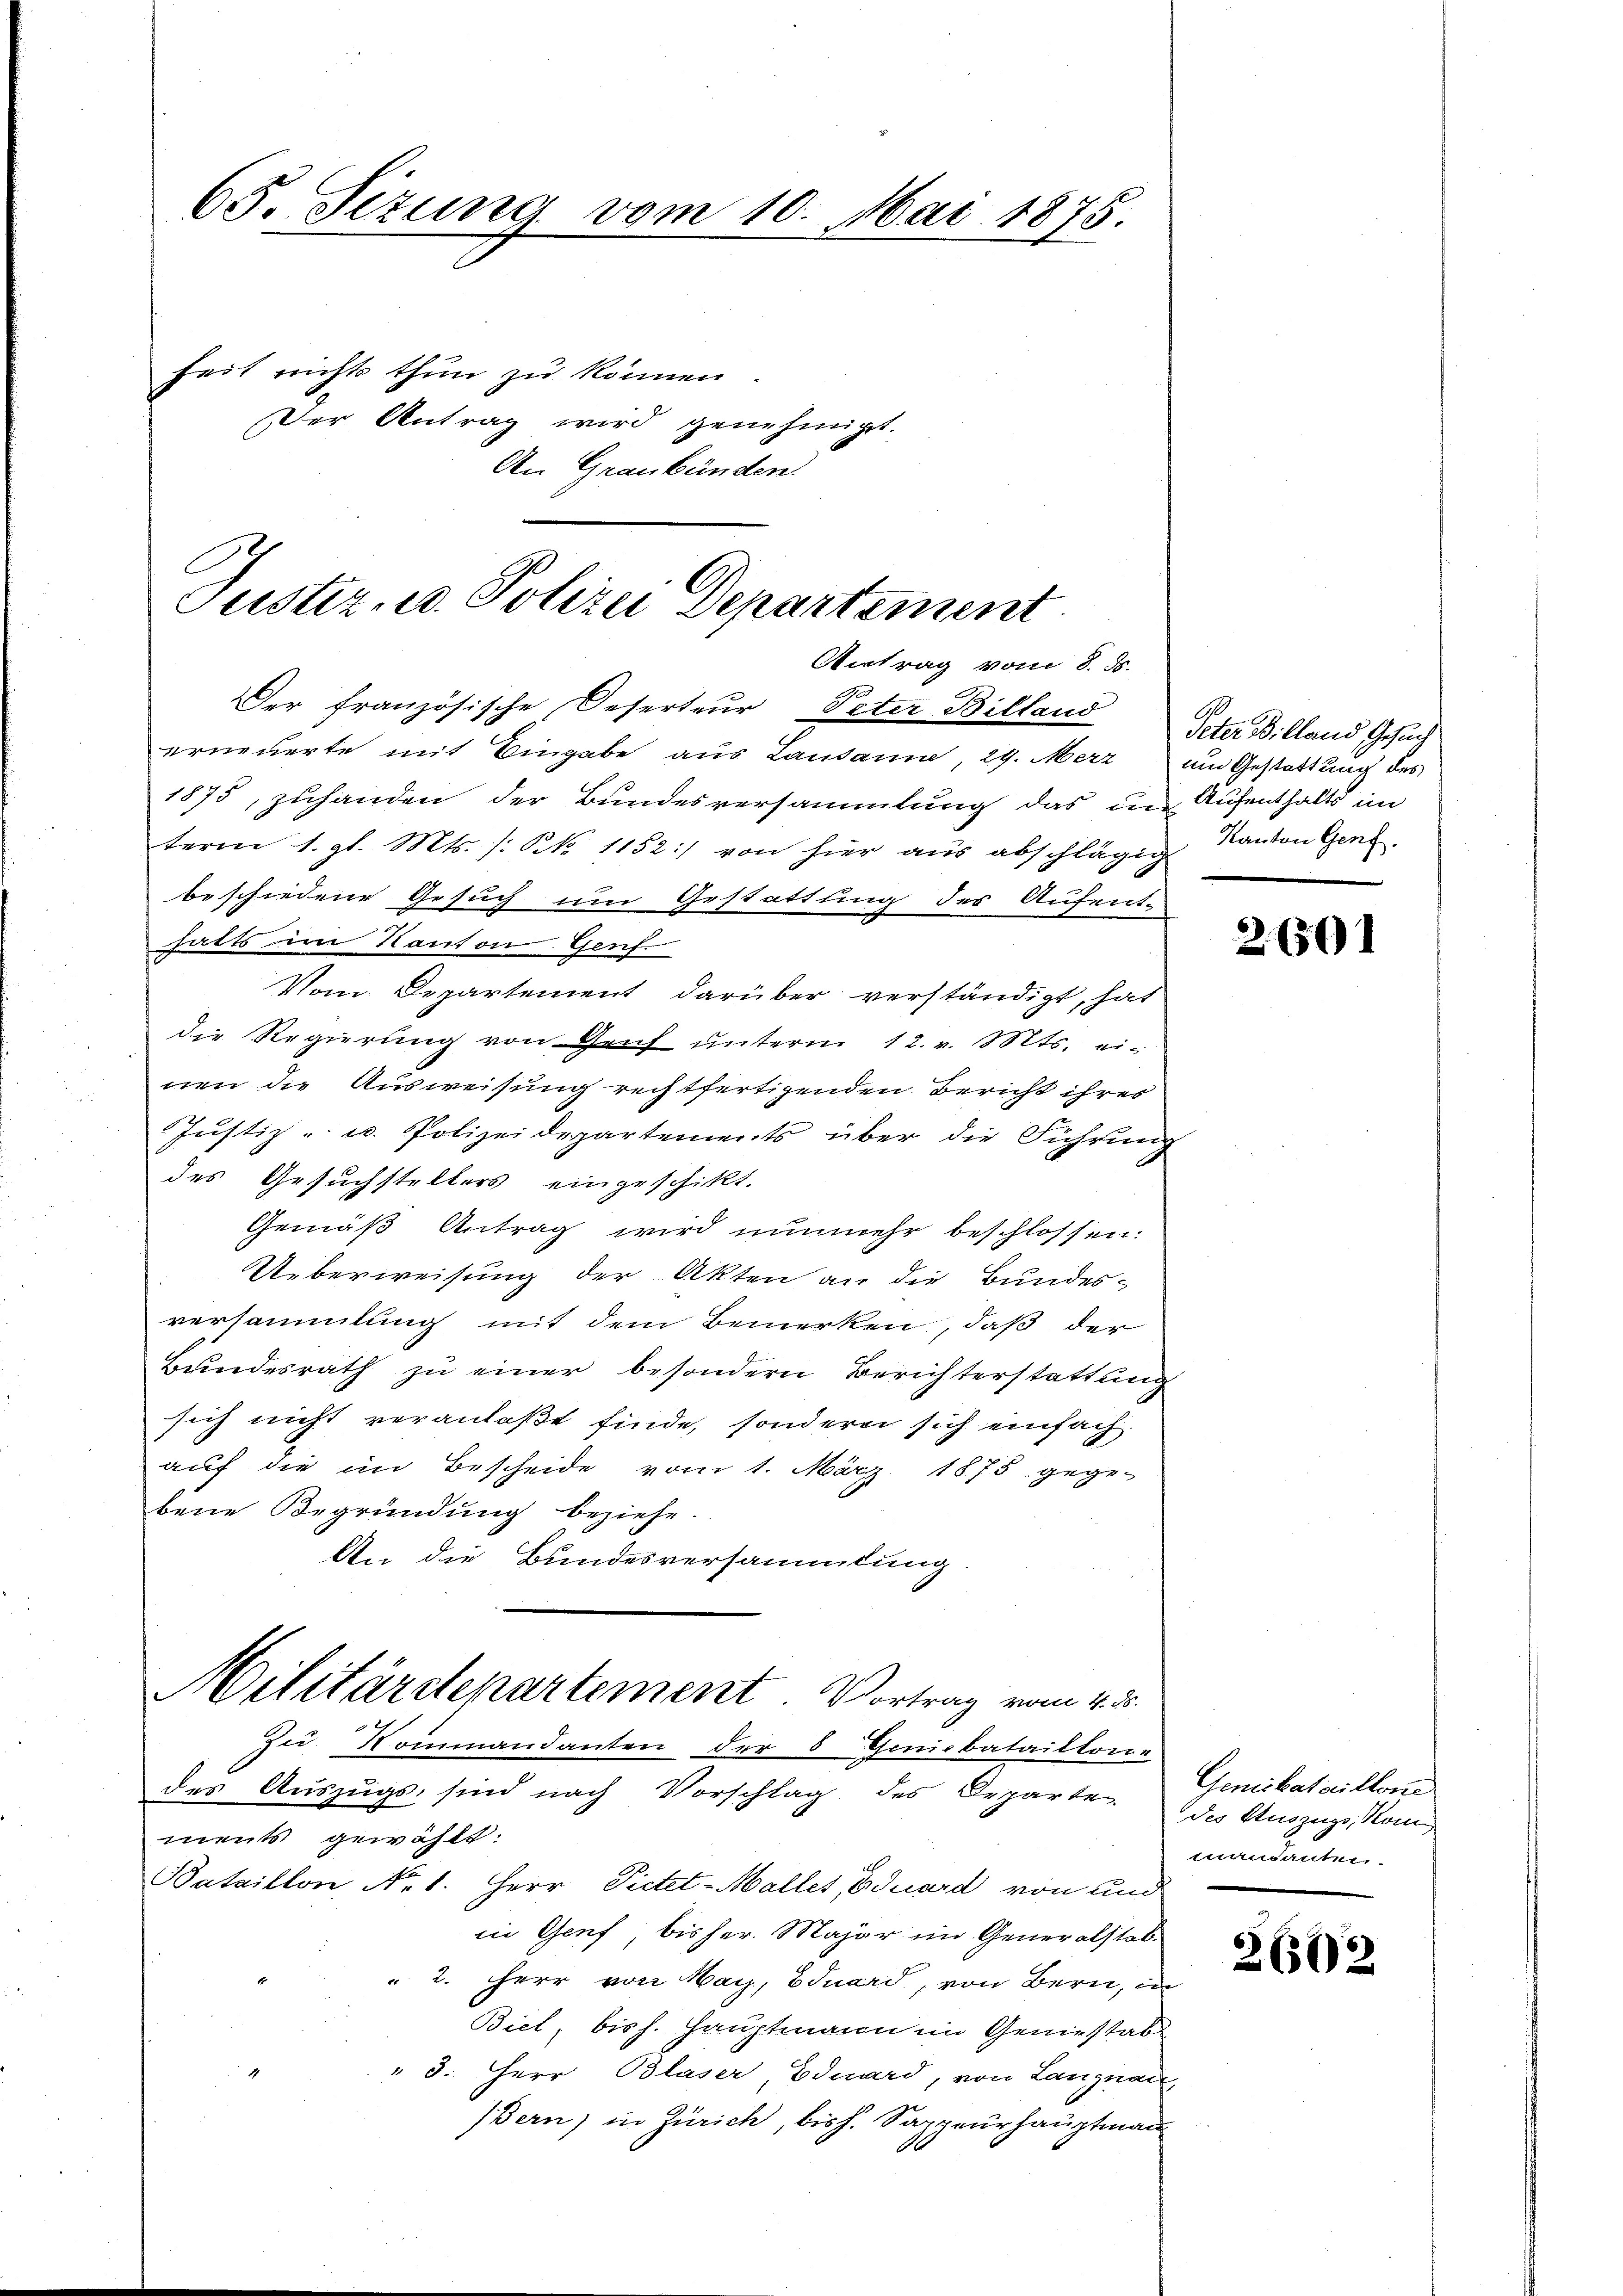
65. Sizung vom 10. Mai 1875.

heit nichts thun zu können.
Der Antrag wird genehmigt.
An Graubünden.

C
Justiz- u. Polizei Departement
Antrag vom 8. d.

Der französische Deserteur, Peter Billand
erneuerte mit Eingabe aus Lausanne, 29. Merz am Gestattung des
1875, zuhanden der Bundesversammlung das die Aufenthalts im
term 1. gl. Mts. s. S. 1152) von hier aus abschlägig Kanton Gene
beschiedene Gesuch um Gestattung des Aufent-
hatts im Kanton Genf.
Vom Departement darüber verständigt, hat
die Regierung von Genf unterm 12. v. Mts. ei-
nen die Ausweisung rechtfertigenden Bericht ihres
Justiz- u. Polizeidepartements über die Führung
des Gesuchstellers eingeschikt.
Gemäß Antrag wird nunmehr beschlossen.
Ueberweisung der Akten an die Bundesversammlung mit dem Bemerken, daß der
Bŭndesrath zŭ einer besondern Berichterstattung
sich nicht veranlaßt finde, sondern sich einfach
auf die im Bescheide vom 1. März 1875 gege-
bene Begründung beziehe.
An die Bundesversammlung.

Militärdepartement. Vortrag vom 4. d.
Zei. Noinmandanten der 8 Theisbataillone

des Aŭszŭgs sind nach Vorschlag des Departe des Auszugs, Komments gewählt:
Bataillon No. 1. Herr Pietet-Maller, Eduard von und
in Genf, bis her. Major im Generalstab.
 2. Herr von May, Eduard, von Bern, in
Biel, bis h. Hauptmann im Geniestab
" 3. Herr Blaser, Eduard, von Langnau
(Bern, in Zürich, bish. Sappeurhauptmann

Peter Billand Gesuch

26501

Genickataillone
mandanter

2612